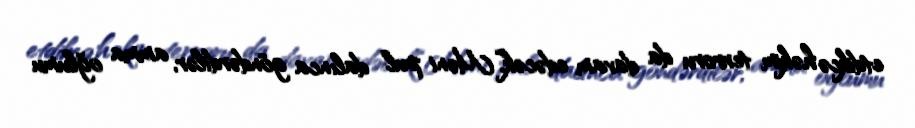
etdikcə həkim terroru da davam edəcək.“Məni pul dalınca göndərdilər, amma oğlumu